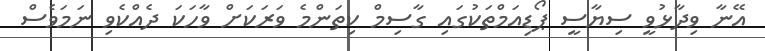
އޭނާ ވިދާޅުވީ ސިޔާސީ ޕޯޑިއަމްތަކުގައި ގާސިމް ކިތަންމެ ވަރަކަށް ވާހަކަ ދެއްކެވި ނަމަވެސް